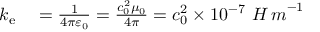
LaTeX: \begin{array} { r l } { k _ { \mathrm { e } } } & { { } = { \frac { 1 } { 4 \pi \varepsilon _ { 0 } } } = { \frac { c _ { 0 } ^ { 2 } \mu _ { 0 } } { 4 \pi } } = c _ { 0 } ^ { 2 } \times 1 0 ^ { - 7 } \ { H \, m } ^ { - 1 } } \end{array}